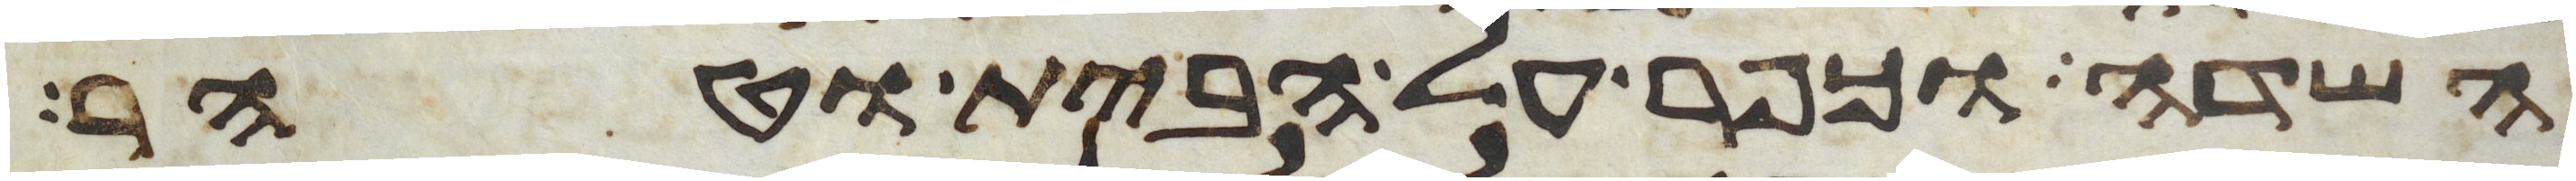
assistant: השדה וכפר על הבית וטהר